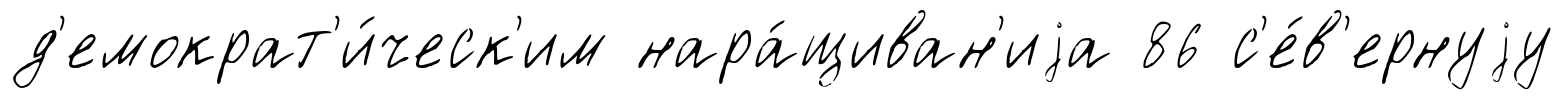
д'емократ'и́ческ'им нара́щиван'иjа 86 с'е́в'ернуjу